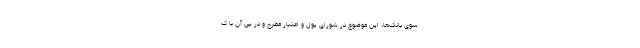
سوی بانک‌ها، این موضوع در شورای پول و اعتبار مطرح و در پی آن با ک